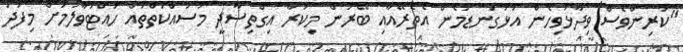
"ކުރިންވެސް ވިދާޅުވިހެން އަޅުގަނޑުމެން އެތެރޭއާއި ބޭރުން މިކުރާ އިގްތިސާދީ މަސައްކަަތްތައް ހުއްޓުވާލުމަށް މިފަދަ